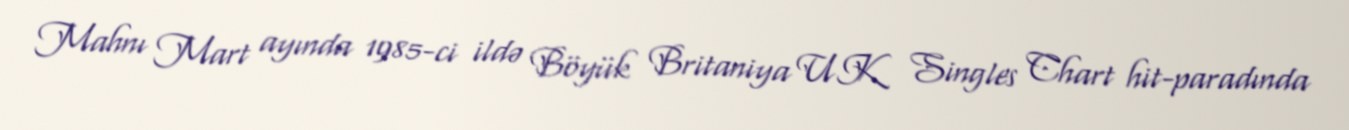
Mahnı Mart ayında 1985-ci ildə Böyük Britaniya UK Singles Chart hit-paradında